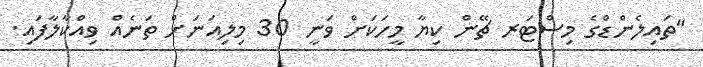
"ތައިލެންޑްގެ މިސްޓަރ ޗޭން ކިޔާ މީހަކަށް ވަނީ 30 މިލިއަނަށް ތަނެއް ވިއްކާލާފައި.